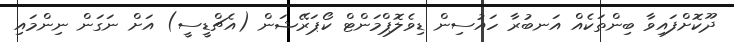
ދޫކޮށްފައިވާ ބިންތަކެއް އަނބުރާ ހައުސިން ޑިވެލޮޕްމަންޓް ކޯޕަރޭޝަން (އެޗްޑީސީ) އަށް ނަގަން ނިންމައި